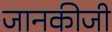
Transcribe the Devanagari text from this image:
जानकीजी